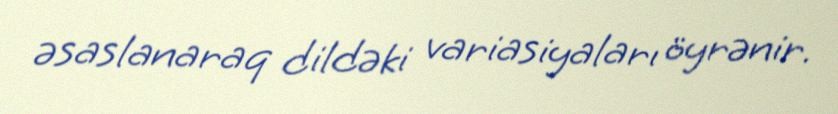
əsaslanaraq dildəki variasiyaları öyrənir.